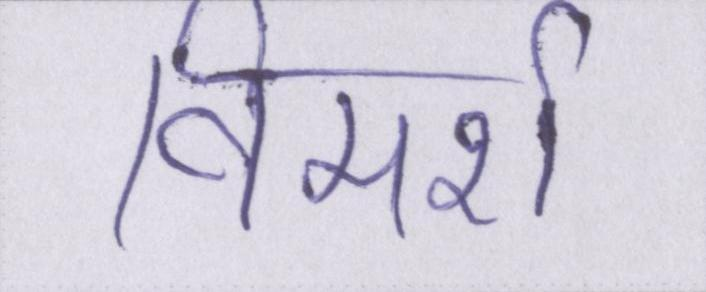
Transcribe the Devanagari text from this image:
विमर्श